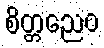
စိတ္တညေဝ